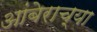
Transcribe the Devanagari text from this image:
आंबेराच्या